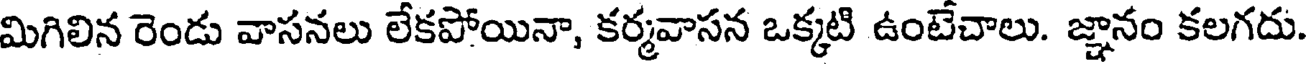
మిగిలిన రెండు వాసనలు లేకపోయినా, కర్మవాసన ఒక్కటి ఉంటేచాలు. జ్ఞానం కలగదు.